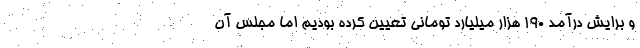
و برایش درآمد ۱۹۰ هزار میلیارد تومانی تعیین کرده بودیم اما مجلس آن